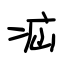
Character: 疝